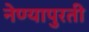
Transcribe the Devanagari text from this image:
नेण्यापुरती